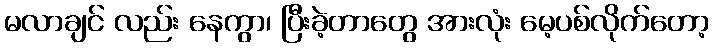
မလာချင် လည်း နေကွာ၊ ပြီးခဲ့တာတွေ အားလုံး မေ့ပစ်လိုက်တော့